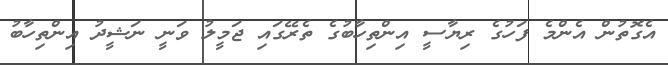
އެގޮތުން އެންމެ ފަހުގެ ރިޔާސީ އިންތިހާބުގެ ތެރޭގައި ޖަމީލު ވަނީ ނަޝީދު އިންތިހާބު